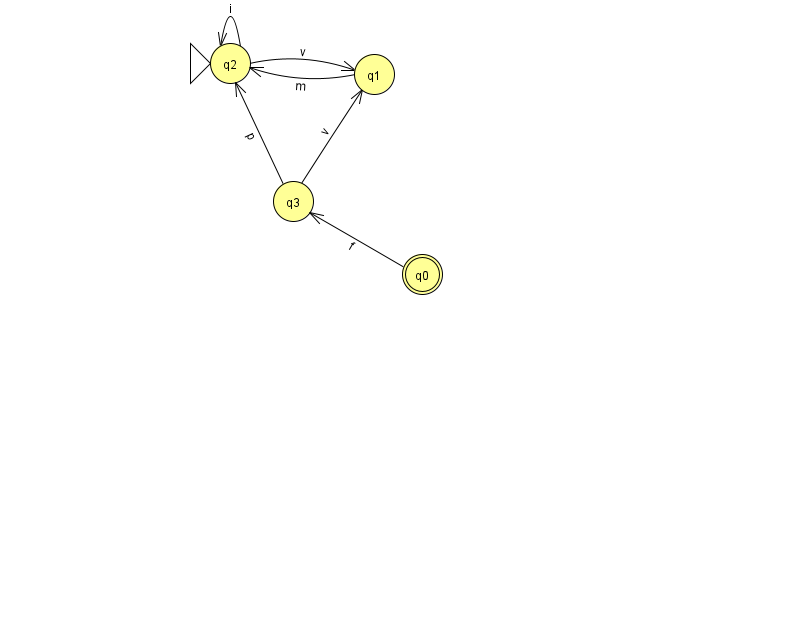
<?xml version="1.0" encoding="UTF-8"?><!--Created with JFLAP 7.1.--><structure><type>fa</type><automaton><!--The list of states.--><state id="0" name="q0"><x>422.0</x><y>261.0</y><final/></state><state id="1" name="q1"><x>374.0</x><y>61.0</y></state><state id="2" name="q2"><x>230.0</x><y>50.0</y><initial/></state><state id="3" name="q3"><x>293.0</x><y>188.0</y></state><!--The list of transitions.--><transition><from>3</from><to>2</to><read>p</read></transition><transition><from>2</from><to>1</to><read>v</read></transition><transition><from>3</from><to>1</to><read>v</read></transition><transition><from>0</from><to>3</to><read>f</read></transition><transition><from>2</from><to>2</to><read>i</read></transition><transition><from>1</from><to>2</to><read>m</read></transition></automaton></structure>